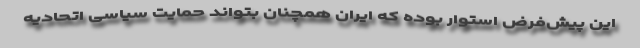
این پیش‌فرض استوار بوده که ایران همچنان بتواند حمایت سیاسی اتحادیه